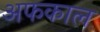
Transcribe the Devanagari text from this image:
अफकाल